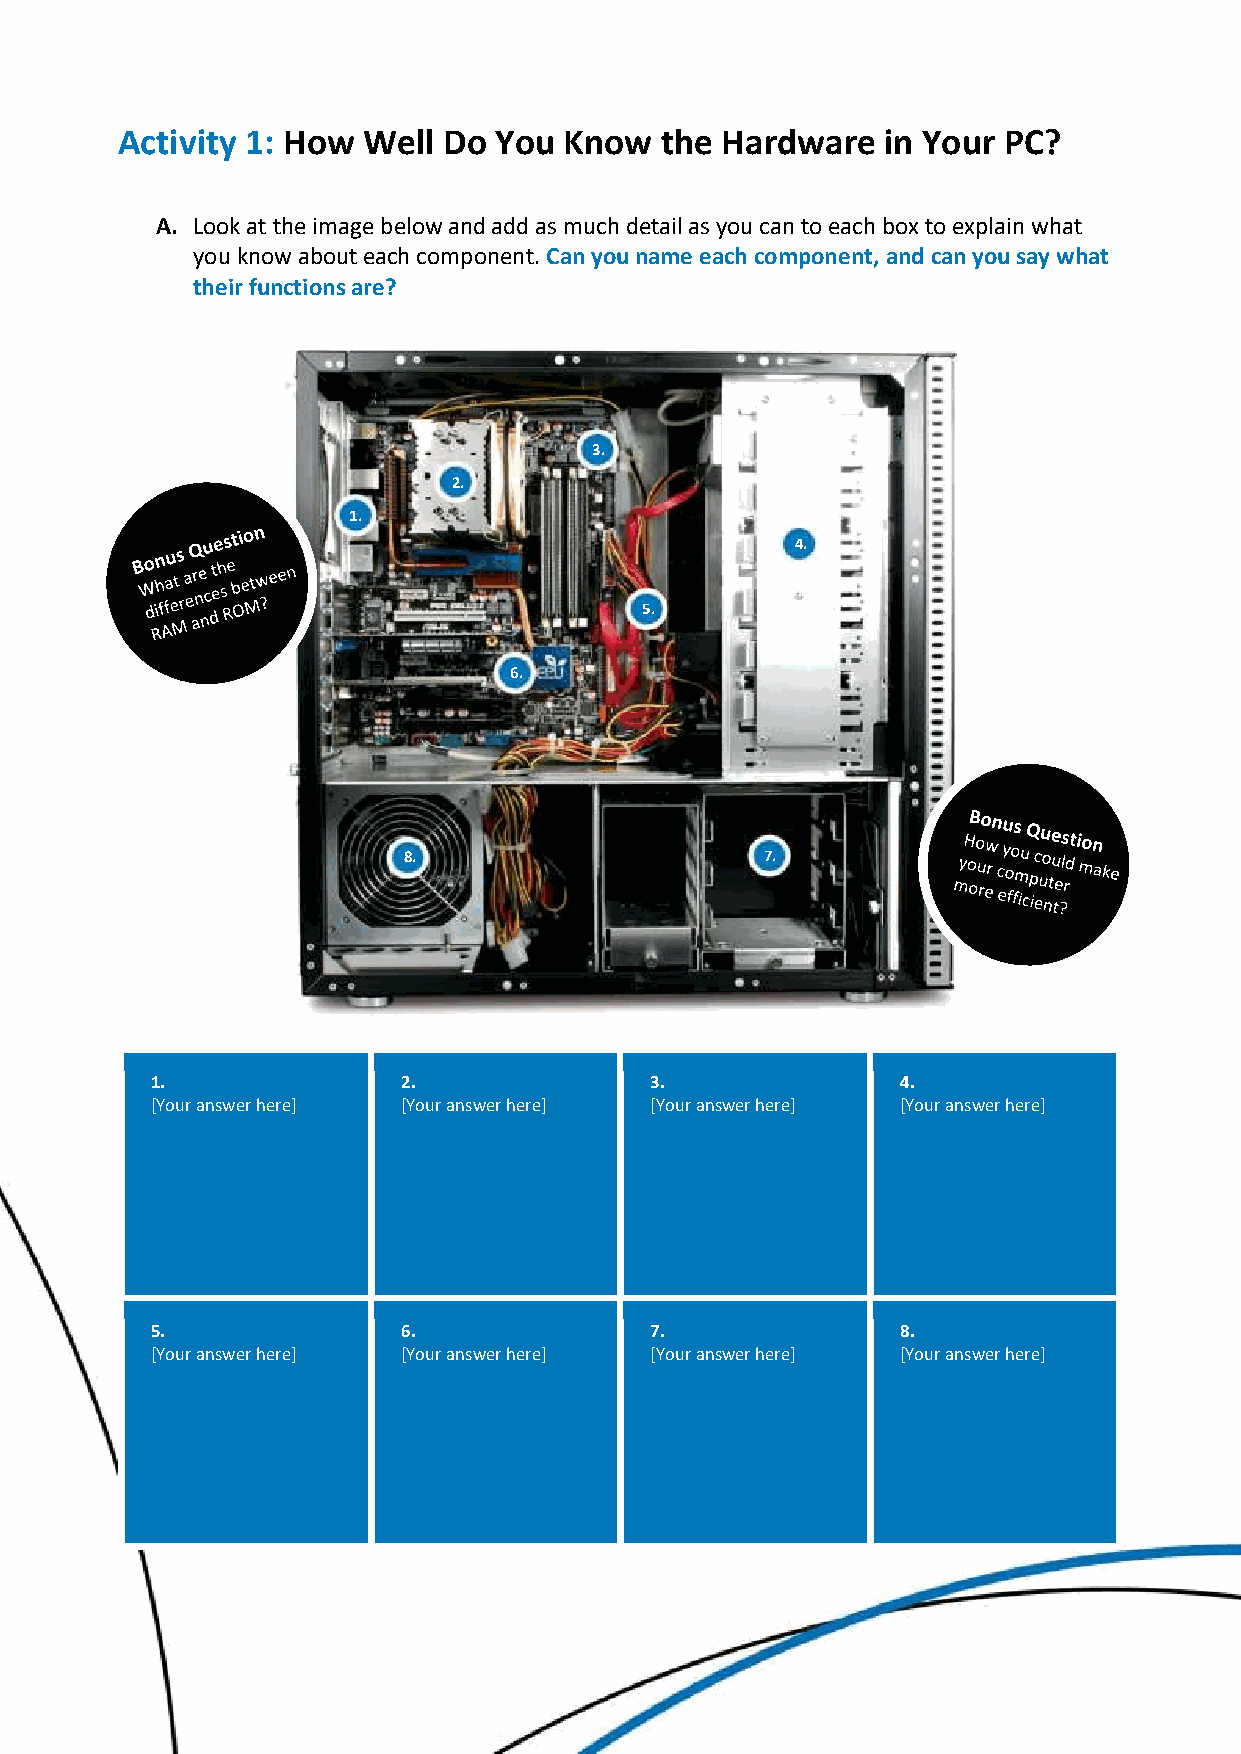
Activity 1: How Well Do  You Know   the Hardware   in Your PC?
 A. Look at the image below and add as much detail as you can to each box to explain what
 you know about each component. Can you name each component, and can you say what
 their functions are?
 3.
 2.
 1.
 4.
 5.
 6.
 8.                      7.
 1.               2.              3.               4.
 [Your answer here] [Your answer here] [Your answer here] [Your answer here]
 5.               6.              7.               8.
 [Your answer here] [Your answer here] [Your answer here] [Your answer here]